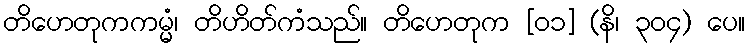
တိဟေတုကကမ္မံ၊ တိဟိတ်ကံသည်။ တိဟေတုက [၀၁] (နိ၊ ၃၀၄) ပေ။